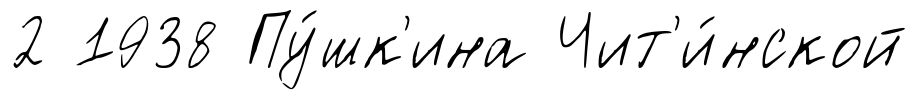
2 1938 Пу́шк'ина Чит'и́нской